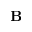
\mathbf { B }